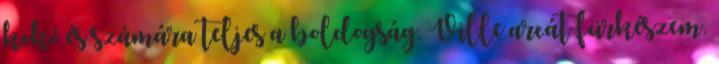
kokó és számára teljes a boldogság. Ville arcát fürkészem.